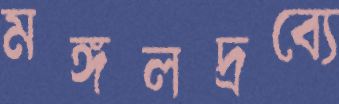
মঙ্গলদ্রব্যে